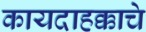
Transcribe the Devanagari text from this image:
कायदाहक्काचे